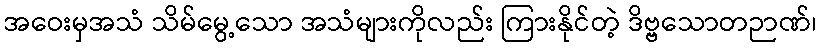
အဝေးမှအသံ သိမ်မွေ့သော အသံများကိုလည်း ကြားနိုင်တဲ့ ဒိဗ္ဗသောတဉာဏ်၊